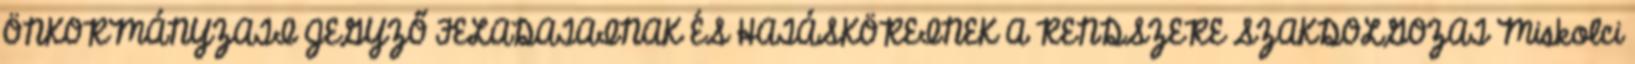
ÖNKORMÁNYZATI JEGYZŐ FELADATAINAK ÉS HATÁSKÖREINEK A RENDSZERE SZAKDOLGOZAT Miskolci